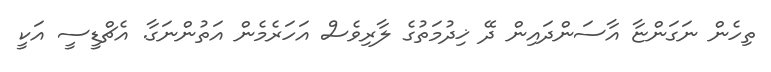
ތިހެން ނަގަންޏާ އާސަންދައިން ދޭ ޚިދުމަތުގެ ލާރިވެސް އަހަރެމެން އަތުންނަގާ. އެޗްޑީސީ އަކީ